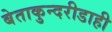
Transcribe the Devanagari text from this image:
बेताकुन्दरीडाही